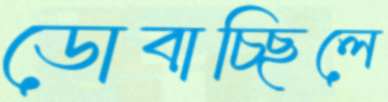
ডোবাচ্ছিলে